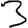
Digit: 3